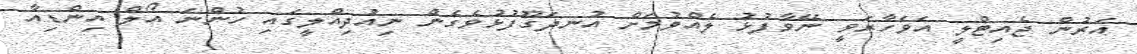
އަރުން ޖެއިޓްލީ އަވަހާރަވީ ނޭވާފުޅު ލެއްވުމަށް އުނދަގޫފުޅުވެގެން ނިއުދިއްލީގައި ހުންނަ އޯލް އިންޑިއާ